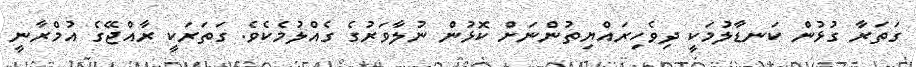
ގަތަރާ ގުޅުން ކަނޑާލުމަކީ ދިވެހިރައްޔިތުންނަށް ކޮޅުން ނުލާވަރުގެ ގެއްލުމެކެވެ. ގަތަރަކީ ރާއްޖޭގެ އުމްރާނީ